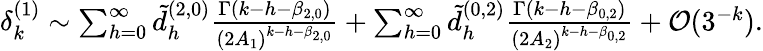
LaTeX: \begin{array}{r}{\delta_{k}^{(1)}\sim\sum_{h=0}^{\infty}\tilde{d}_{h}^{(2,0)}\frac{\Gamma(k-h-\beta_{2,0})}{(2A_{1})^{k-h-\beta_{2,0}}}+\sum_{h=0}^{\infty}\tilde{d}_{h}^{(0,2)}\frac{\Gamma(k-h-\beta_{0,2})}{(2A_{2})^{k-h-\beta_{0,2}}}+{\mathcal O}(3^{-k}).}\end{array}